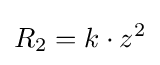
R_{2}=k\cdot z^{2}